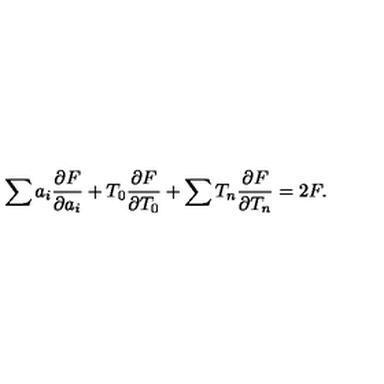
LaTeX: \sum a _ { i } \frac { \partial F } { \partial a _ { i } } + T _ { 0 } \frac { \partial F } { \partial T _ { 0 } } + \sum T _ { n } \frac { \partial F } { \partial T _ { n } } = 2 F .